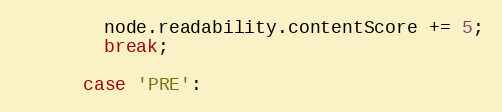
Language: JavaScript
        node.readability.contentScore += 5;
        break;

      case 'PRE':